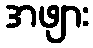
အဖျား